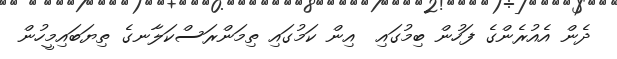
ދެން އެއުރެންގެ ފަހުން ބިމުގައި  އިން ކަމުގައި ތިމަންރަސްކަލާނގެ ތިޔަބައިމީހުން